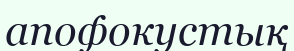
апофокустық